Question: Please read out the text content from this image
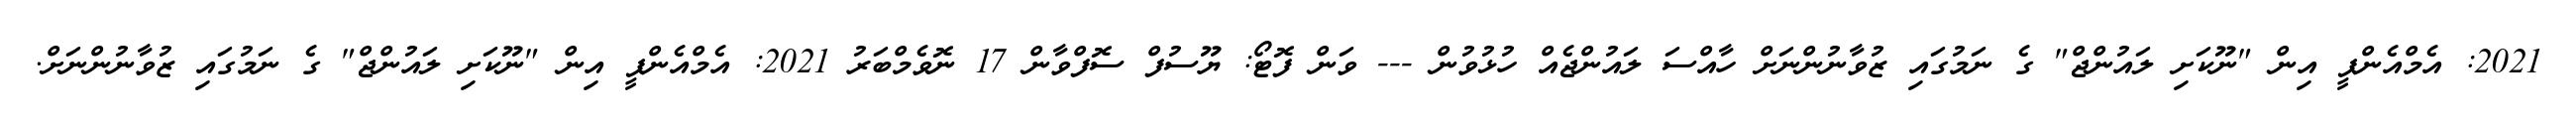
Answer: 2021: އެމްއެންޕީ އިން "ނޫކަށި ލައުންޖް" ގެ ނަމުގައި ޒުވާނުންނަށް ހާއްސަ ލައުންޖެއް ހުޅުވުން --- ވަން ފޮޓޯ: ޔޫސުފް ސޮފްވާން 17 ނޮވެމްބަރު 2021: އެމްއެންޕީ އިން "ނޫކަށި ލައުންޖް" ގެ ނަމުގައި ޒުވާނުންނަށް.